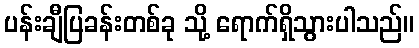
ပန်းချီပြခန်းတစ်ခု သို့ ရောက်ရှိသွားပါသည်။